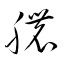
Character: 膿